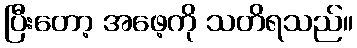
ပြီးတော့ အဖေ့ကို သတိရသည်။